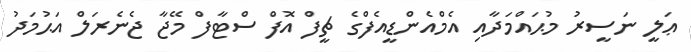
ޢަލީ ނަސީރު މުޙައްމަދާއި އެމްއެންޑީއެފްގެ ޗީފް އޮފް ސްޓާފް މޭޖާ ޖެނެރަލް އަޙުމަދު